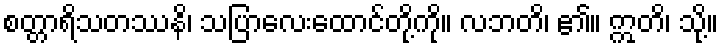
စတ္တာရိသတဿနိ၊ သပြာလေးထောင်တို့ကို။ လဘတိ၊ ၏။ ဣတိ၊ သို့။